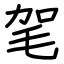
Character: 毠